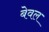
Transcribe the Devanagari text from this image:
बेवल